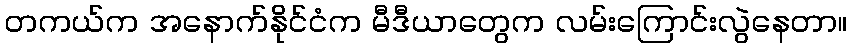
တကယ်က အနောက်နိုင်ငံက မီဒီယာတွေက လမ်းကြောင်းလွဲနေတာ။